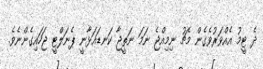
ދެ ޓީމު އެއްވަރުވެގެން މެޗު ނިމިއްޖެ ނަމަ ނަތީޖާ ކަނޑައަޅާނީ ޕެނަލްޓީ ޖަހައިގެންނެވެ.